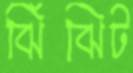
ঝিঁঝিট